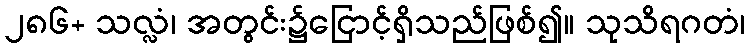
၂၈၆+ သလ္လံ၊ အတွင်း၌ငြောင့်ရှိသည်ဖြစ်၍။ သုသိရဂတံ၊